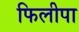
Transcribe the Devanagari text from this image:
फिलीपा